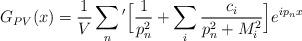
LaTeX: \begin{align*}G_{PV} (x) = \frac{1}{V} \sum_{n}{'} \Big[ \frac{1}{p_{n}^{2}} + \sum_{i}\frac{c_{i}}{p_{n}^{2}+M_{i}^{2}} \Big] e^{ip_{n}x}\end{align*}